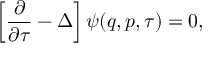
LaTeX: \left[ \frac { \partial } { \partial \tau } - \Delta \right] \psi ( q , p , \tau ) = 0 ,